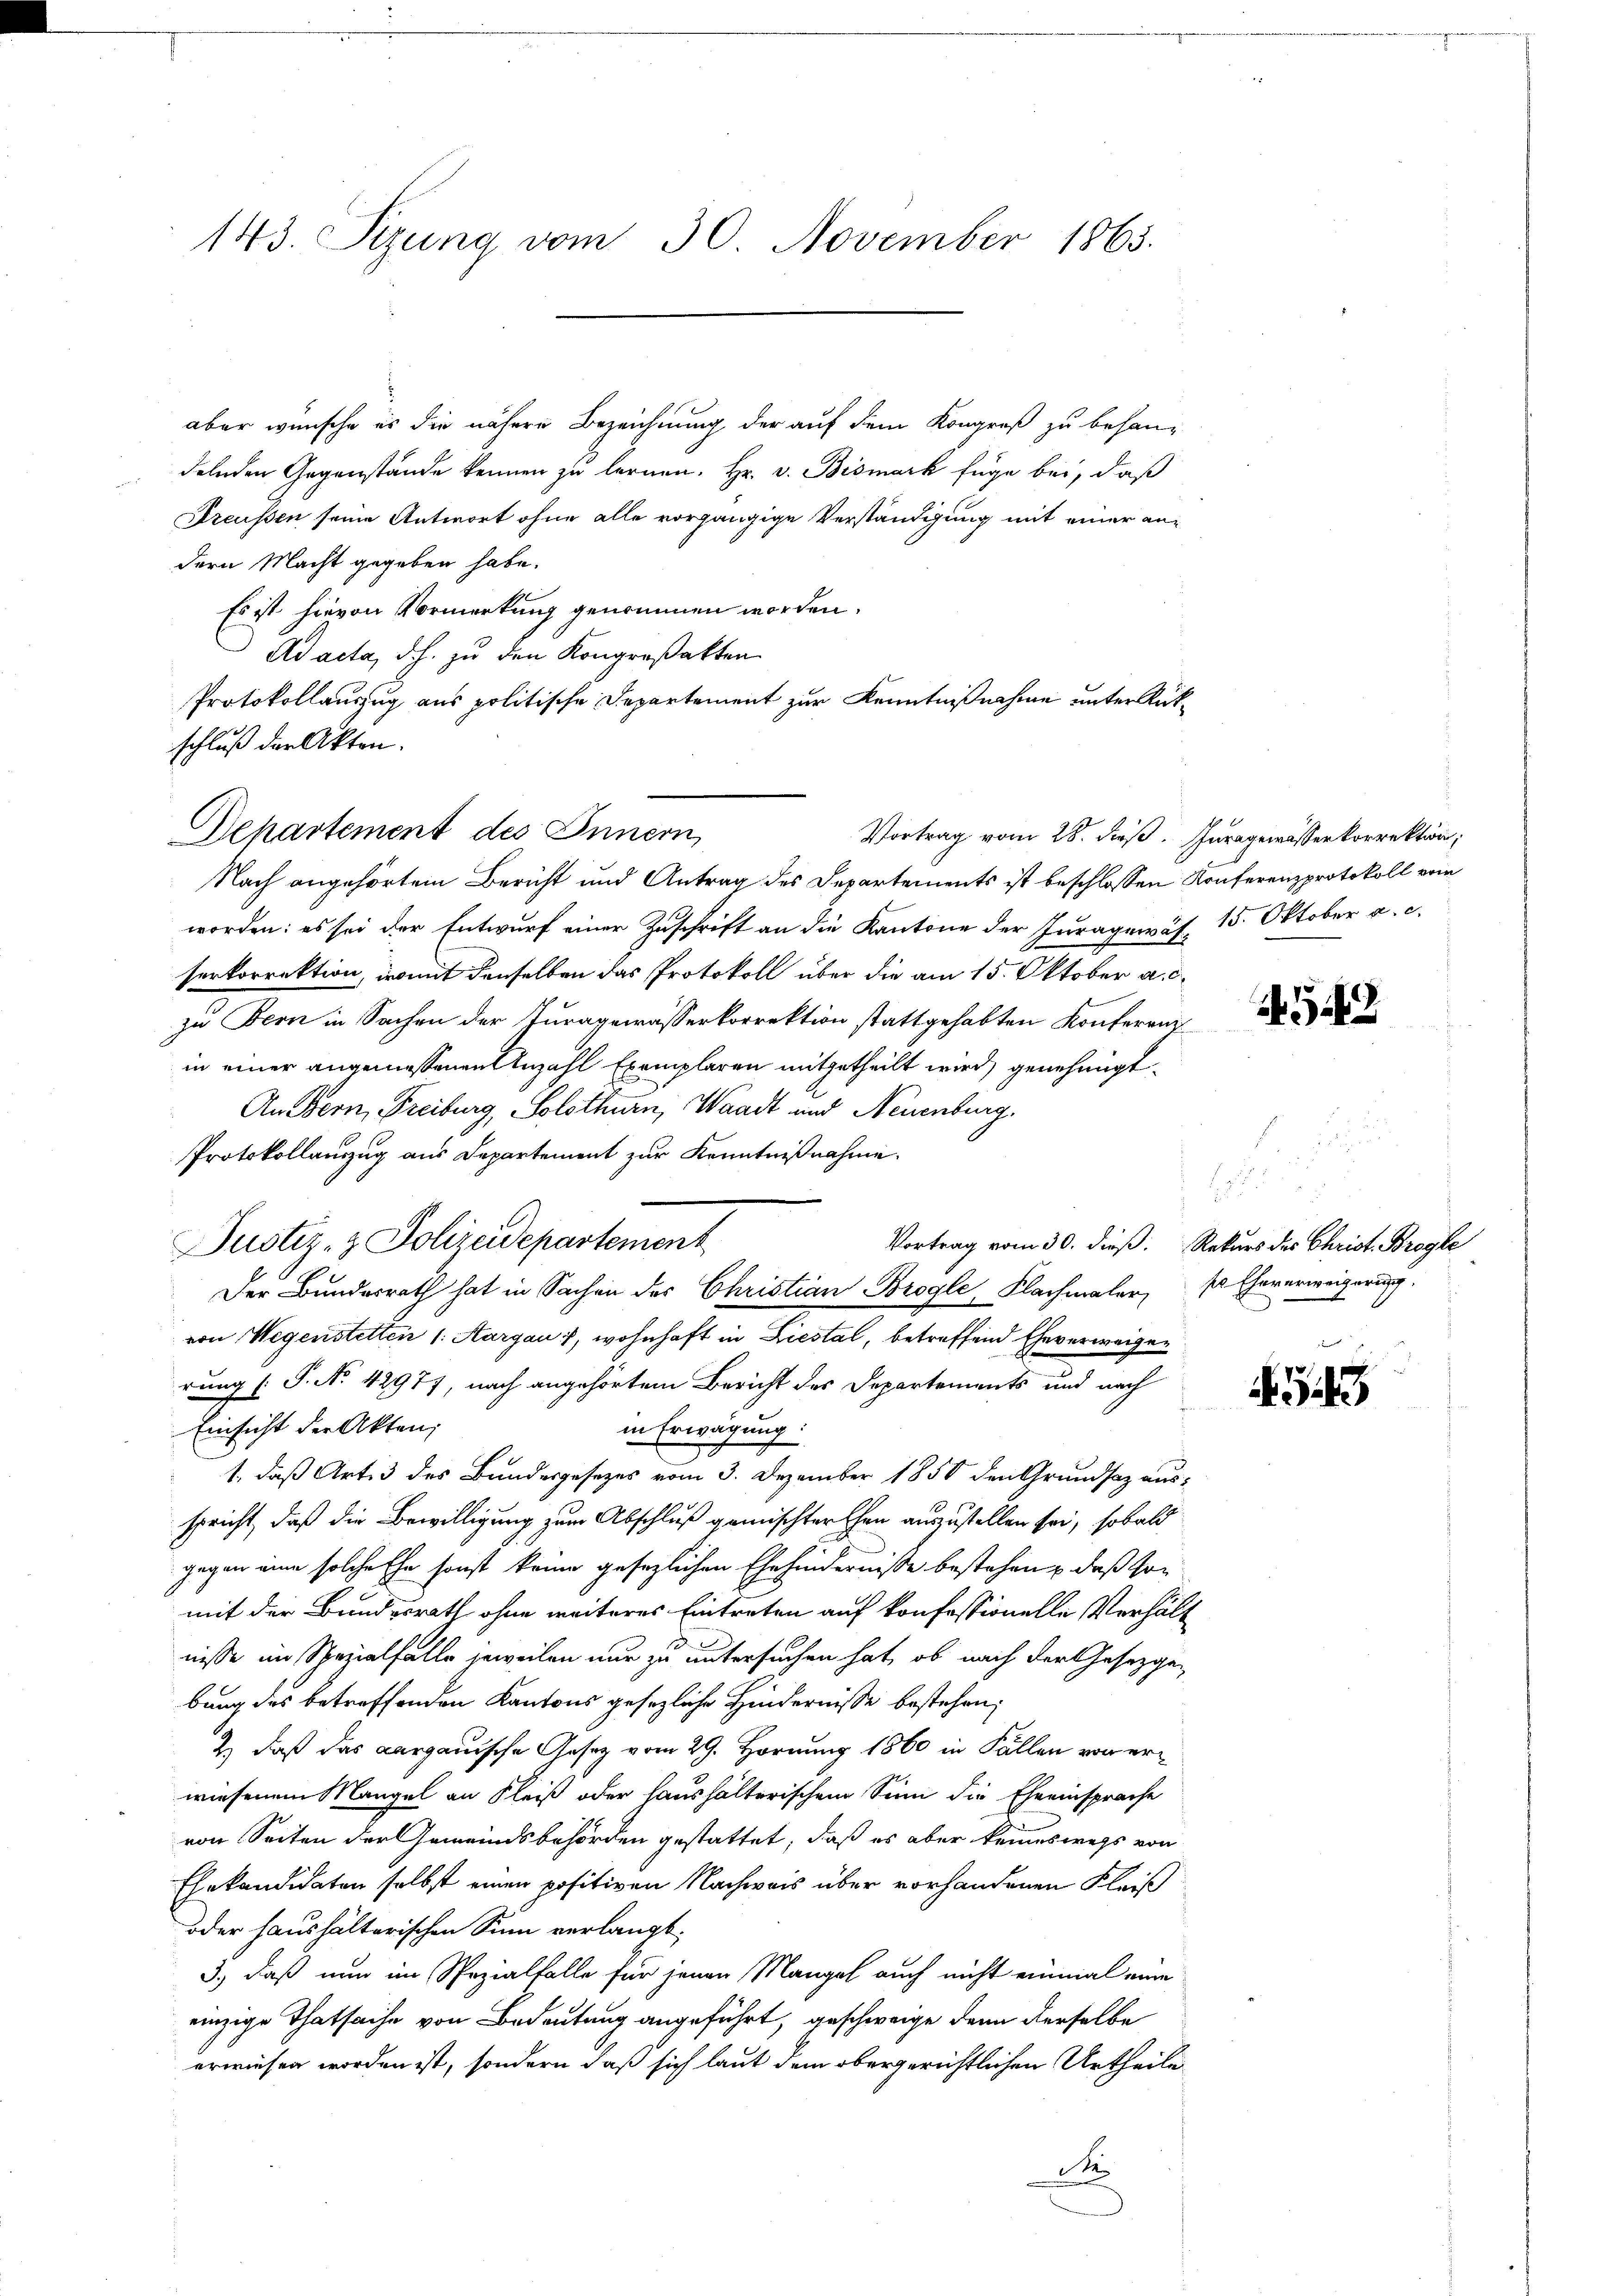
143. Sizung vom 30. November 1863.

aber wünsche es die nähere Bezeichnung der auf dem Kongreß zu behandelnden Gegenstände kennen zu lernen. Hr. v. Bismark füge bei, daß
Dreussen seine Antwort ohne alle vorgängige Verständigung mit einer an-
dern Macht gegeben habe.
Es ist hievon Vormerkung genommen worden.
Ad acta, d. h. zu den Kongreßakten
Protokollauszug aus politische Departement zur Kenntnißnahme unter Rükschluß der Akten.
ehartement des Innern,
Vortrag vom 28. dieß. Juragewässerkorrektion;
Nach angehörtem Bericht und Antrag des Departements ist beschlossen Konferenzprotokoll vom
worden: es sei der Entwurf einer Zuschrift an die Kantone der Juragewäs- 15. Oktober a. c.
serkorrektion, womit denselben das Protokoll über die am 15. Oktober a. c.
zu Bern in Sachen der Juragewässerkorrektion stattgehabten Konferenz
in einer angemessenen Anzahl Exemplaren mitgetheilt wird, genehmigt.
An Bern, Freiburg, Solothurn, Waadt und Neuenburg.
Protokollanzzug aus Departement zur Kenntnißnahme.
Der Bundesrath hat in Sachen des Christian Brogle, Flachmaler,
von Wegenstetten (: Aargau, wohnhaft in Liestal, betreffend Eheverweigen
rung (T. No. 42977, nach angehörtem Bericht des Departements und nach
Einsicht der Akten;
in Erwägung.
1, daß Art. 3 des Bundesgesetzes vom 3. Dezember 1858 den Grundsaz ausspricht, daß die Bewilligung zum Abschluß gemischter Ehen auszustellen sei, sobald
gegen eine solche Ehe sonst keine gesezlichen Ehehindernisse bestehen, daß somit der Bundesrath ohne weiteres Eintreten auf konfessionelle Verhält
nisse im Spezialfalle jeweilen nur zu untersuchen hat, ob nach der Gesetzgebung des betreffenden Kantons gesezliche Hindernisse bestehen,
2) daß das Aargauische Gesetz vom 29. Hornung 1860 in Fällen von erwiesenem Mangel an Fleiß oder haushalterischem Sinn die Eheeinsprache
von Seiten der Gemeindsbehörden gestattet, daß es aber keineswegs von
Ehekandidaten selbst einen positiven Nachweis über vorhandenen Fleiß
oder haushälterischen Sinn verlangt;
3.) Daß nun im Spezialfalle für jenen Mangel auch nicht einmal eine
einzige Thatsache von Bedeutung angeführt, geschweige denn derselbe
erwiesen worden ist, sondern daß sich laut dem obergerichtlichen Urtheile
de

Justiz- & Polizeidepartement

542

1
Vortrag vom 30. dieß Rekurs des Christ. Brogle
ss Eheverweigerung.